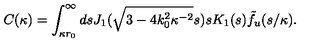
C ( \kappa ) = \int _ { \kappa r _ { 0 } } ^ { \infty } d s J _ { 1 } ( \sqrt { 3 - 4 k _ { 0 } ^ { 2 } \kappa ^ { - 2 } } s ) s K _ { 1 } ( s ) \tilde { f } _ { u } ( s / \kappa ) .